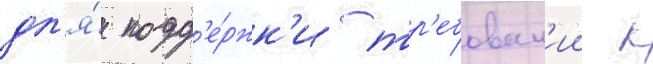
дл'я́ подд'е́ржк'и тр'ебован'ии к